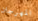
المهرجان